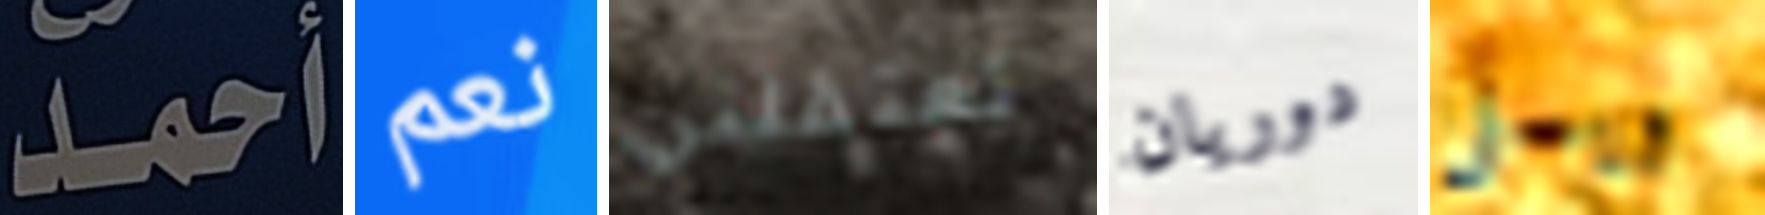
أحمد نعم تعتقلني دوريان ويسلى